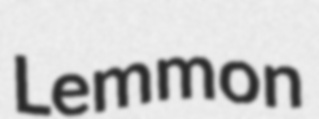
Lemmon